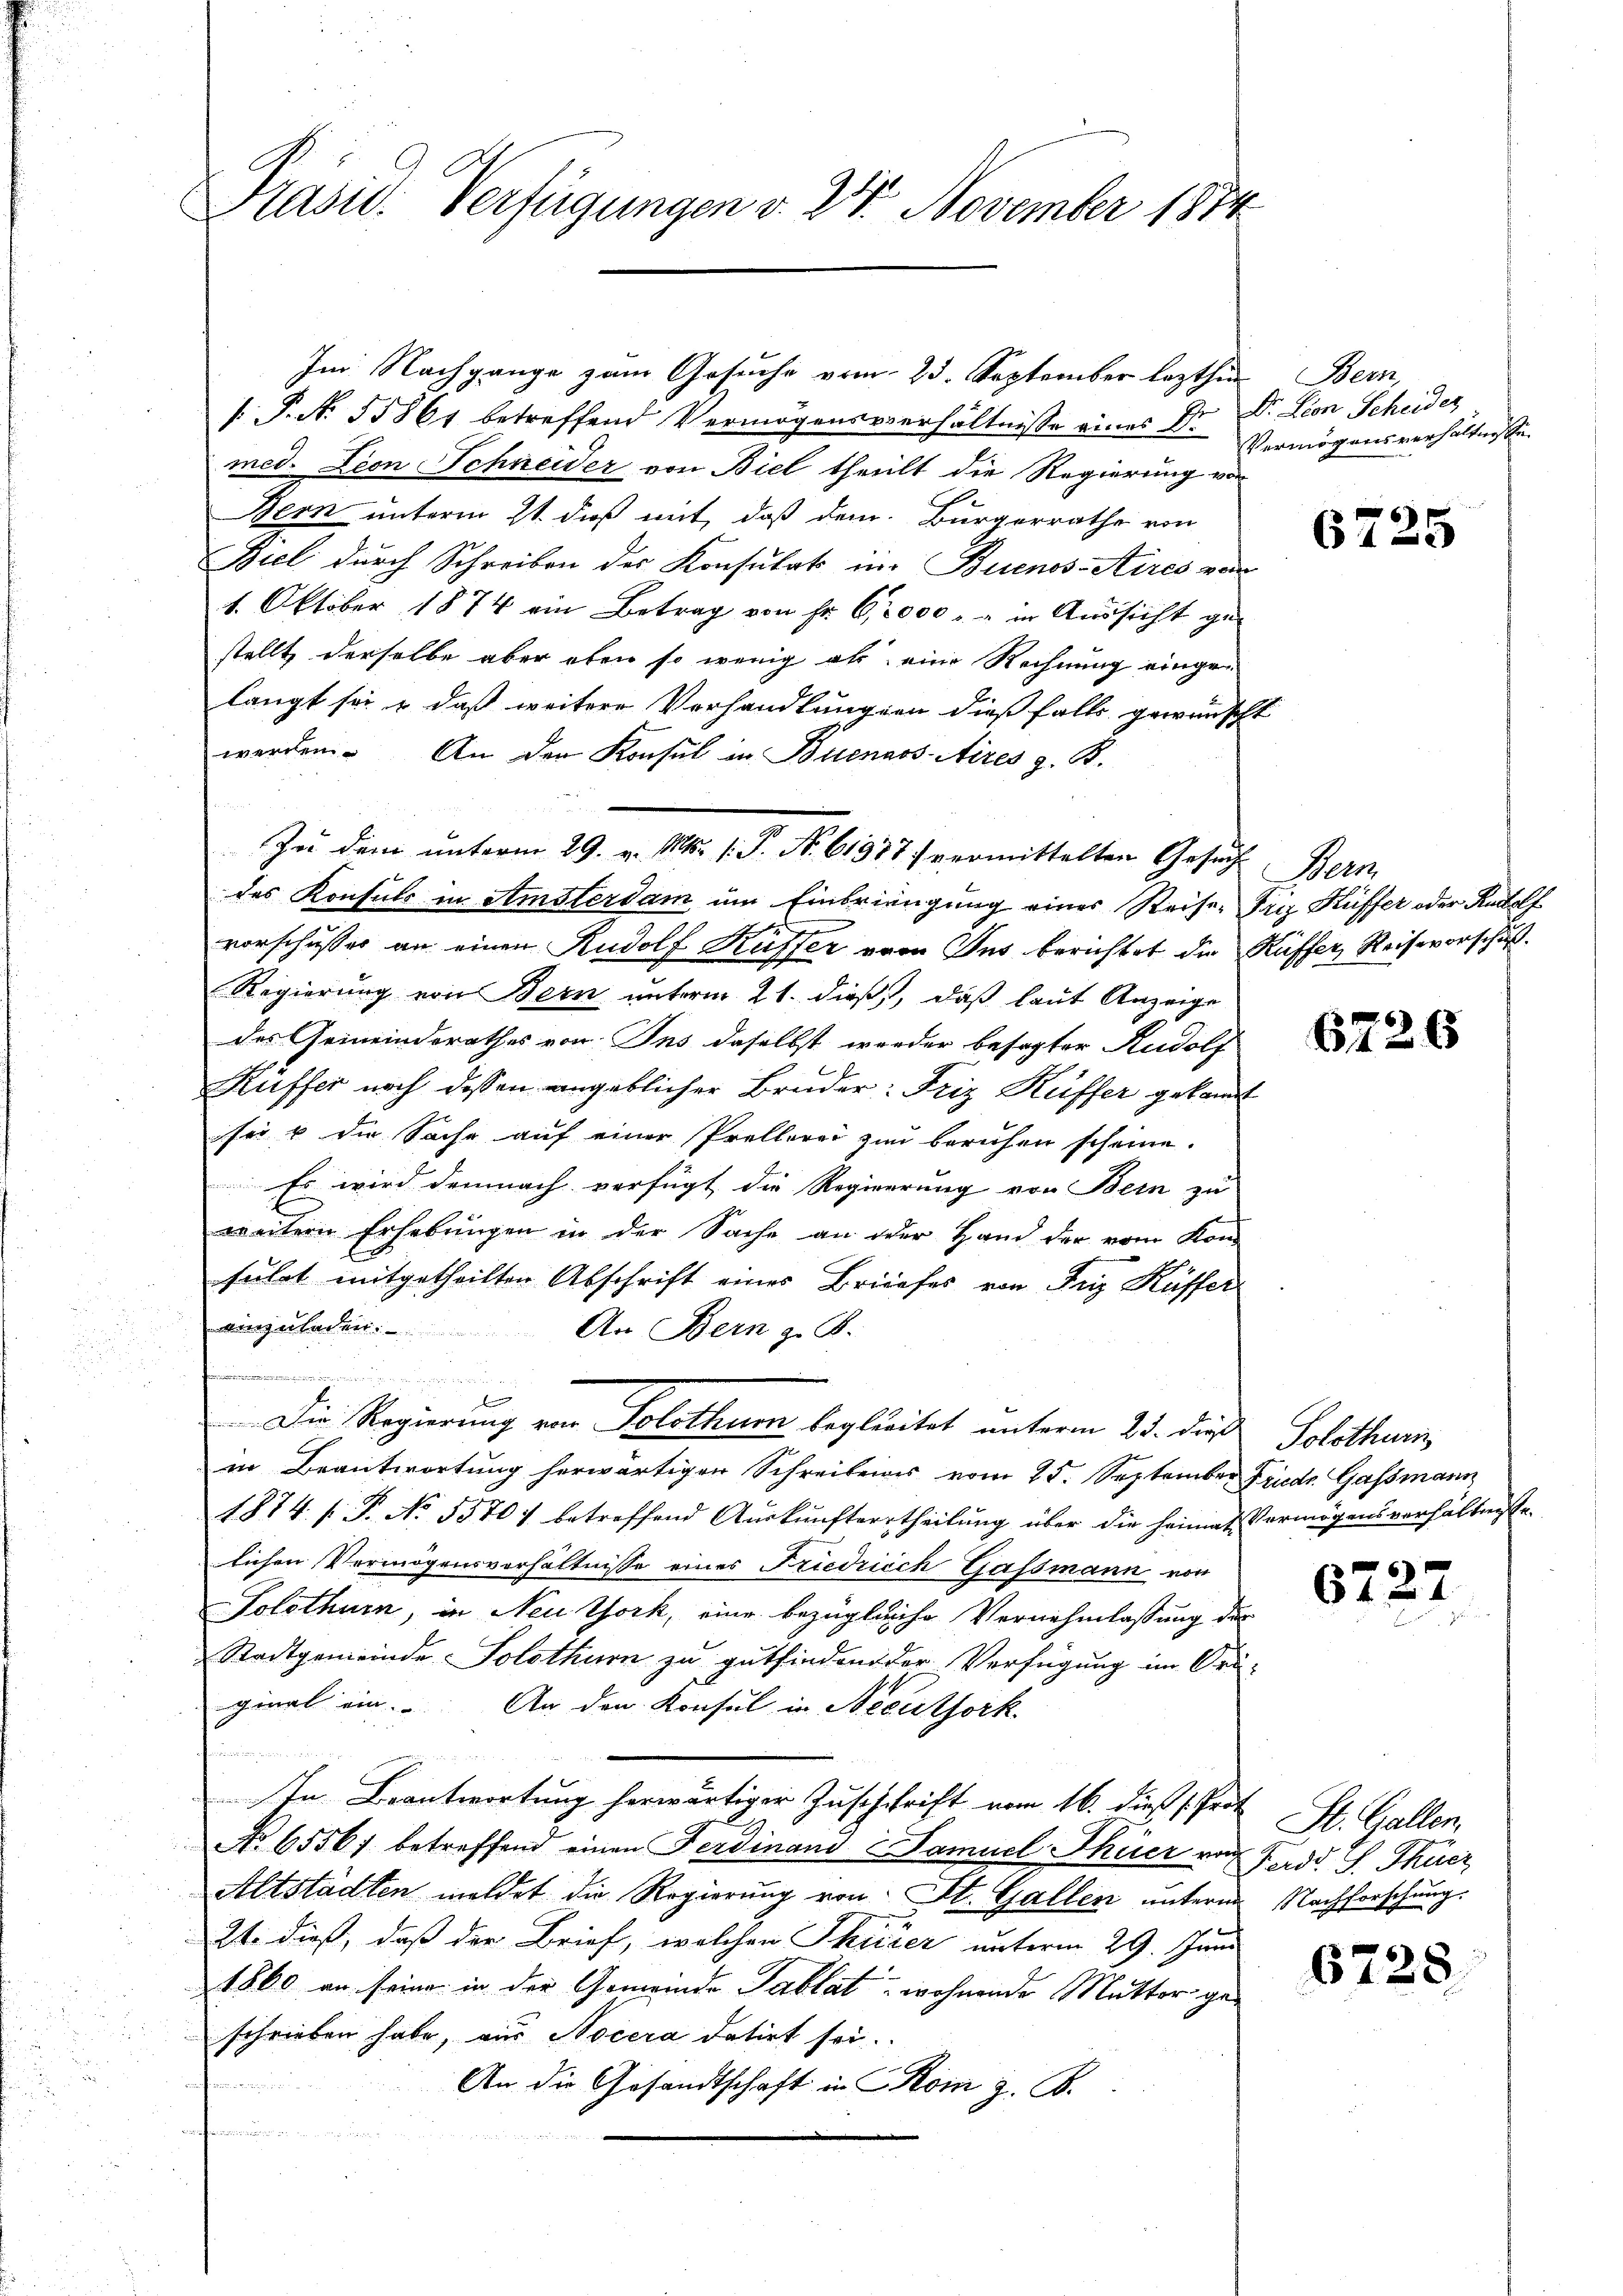
Präsid. Verfügungen v. 24. November 1814.

Zu dem unterm 29. v. Mts. 1. P. Nr. 61387 vermittelten Gesŭch, Bern

Im Nachgange zum Gesuche vom 23. September lezthin Bern,
/. P. N. 55861 betreffend Vermögensverhältnisse eines Dr
med. Lion Schneider von Biel theilt die Regierung vor
Bern unterm 21. daß mit, daß dem Bürgerrathe von
Biel durch Schreiben des Konsulat in Buenos-Aires von
1. Oktober 1874 ein Betrag von Fr. 6,000 u. in Aussicht gestellt derselbe aber eben so wenig als eine Rechnung eingelangt sei & daß weitere Vorhandlungen dießfalls gewünscht
werden. An der Konsul in Buenaos Aires z. B.
des Konsuls in Amsterdam um Einbriengung eines Reiser Friz Küffer oder Rudolf
vorschusser an einen Rudolf Kuffer von Ins berichtet die Kuffer, Reisevorschuß.
Regierung von Bern unterm 21. dieß, daß laut Anzeige
des Gemeinderathes von Ins daselbst wieder besagter Rudolf
 f
Küffer noch dessen angeblicher Bruder: Friz Kuffer gekant
sei u die Sache auf einer Prellerei zu beruhen scheine.
Es wird demnach verfügt die Regierung von Bern zu
weitern Erhebungen in der Sache an oder Hand der vom Kon-
führt mitgetheilten Abschrift eines Briefes von Fry Küffer
einzuladen.
An Bern z. B.
27 in den der
.
Die Regierung von Solothum begleitet unterm 25. die Solothur
in Beantwortung herwärtigen Schreibens vom 25. September Friedr. Gassmann
1874. / P. No. 55707 betreffend Aŭskŭnftertheilŭng über die Heimat Vermögensverhältnisse
lichen Vermögensverhältnisse eines Friedrich Gassmann von
Solothurn, in Neu York, eine bezügliche Vernehmlassung des
Stadtgemeinde Solothurn zu gutfinden der Verfügung im Ori-
ginal ein. An den Konsul in Neeuthork
u
In Beantwortung herwärtiger Zuschrift vom 16. dieß (Prot. St. Gallen,
No 65567 betreffend einen Ferdinand & Samuel Theier von Kadd. S. Thier
Altstädten meldet die Regierung von St. Gallen unterm Nachforschung.
21. dieß, daß der Brief, welchen Thurer unterm 29. Juni
1860 an seine in der Gemeinde Tablat, wohnende Mutter geschrieben habe, aus Nocera datirt sei.
An die Gesandtschaft in Rom z. B.
t

Dr. Lion Scheider
Vermögensverhältnisse.

6)
6 f 2

6726

6227

6728.